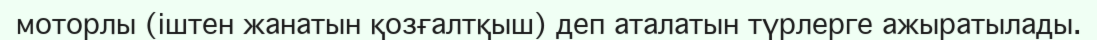
моторлы (іштен жанатын қозғалтқыш) деп аталатын түрлерге ажыратылады.